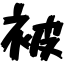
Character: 被